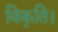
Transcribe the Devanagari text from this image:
विकृति।